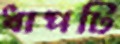
ধাপটি